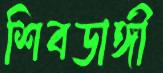
শিবডাঙ্গী